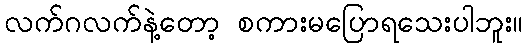
လက်ဂလက်နဲ့တော့ စကားမပြောရသေးပါဘူး။